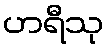
ဟရီသု